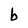
Character: b